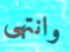
وانتهى